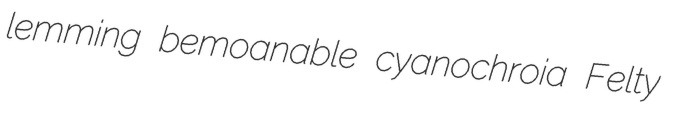
lemming bemoanable cyanochroia Felty